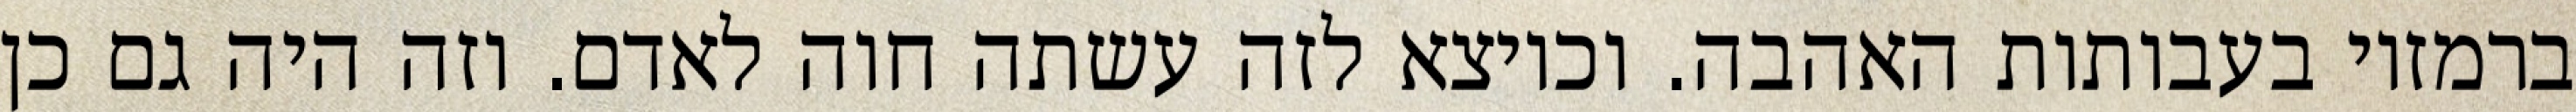
ברמזיו בעבותות האהבה. וכיוצא לזה עשתה חוה לאדם. וזה היה גם כן